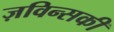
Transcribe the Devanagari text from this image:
ज़विन्सकी